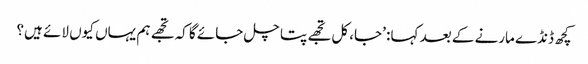
کچھ ڈنڈے مارنے کے بعد کہا: ’جا، کل تجھے پتا چل جائے گا کہ تجھے ہم یہاں کیوں لائے ہیں؟